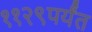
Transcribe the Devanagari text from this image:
११२९पर्यंत